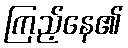
ကြည့်နေ၏